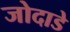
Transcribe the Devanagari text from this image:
जोदाडे